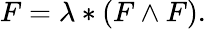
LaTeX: F=\lambda*(F\wedge F).